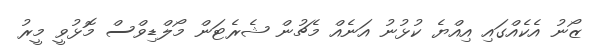
ޒޯނު އެކެއްގައި އިއްޔެ ކުޅުނު އަނެއް މެޗުން ޝެރެޓަން މޯލްޑިވްސް މޮޅުވީ މީރު